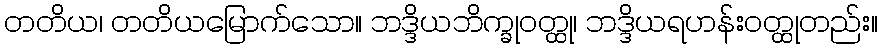
တတိယ၊ တတိယမြောက်သော။ ဘဒ္ဒိယဘိက္ခုဝတ္ထု၊ ဘဒ္ဒိယရဟန်းဝတ္ထုတည်း။